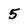
Character: 5